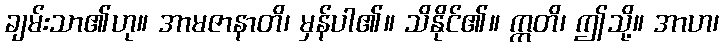
ချမ်းသာ၏ဟု။ အာမဇာနာတိ၊ မှန်ပါ၏။ သိနိုင်၏။ ဣတိ၊ ဤသို့။ အာဟ၊